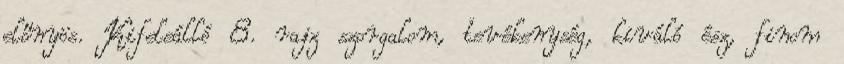
előnyös. Kifeleálló 8. rajz szorgalom, tevékenység, kiváló ész, finom